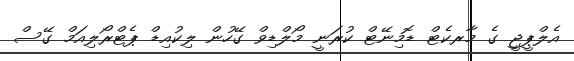
އެލްޕީޖީ ގެ މާރކެޓް ޑޮމިނޭޓް ކުރަނީ މޯލްޑިވް ގޭހުން ލިކުއިޑް ޕެޓްރޯލިއަމް ގޭސް